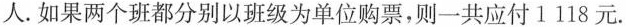
人.如果两个班都分别以班级为单位购票，则一共应付1118元.